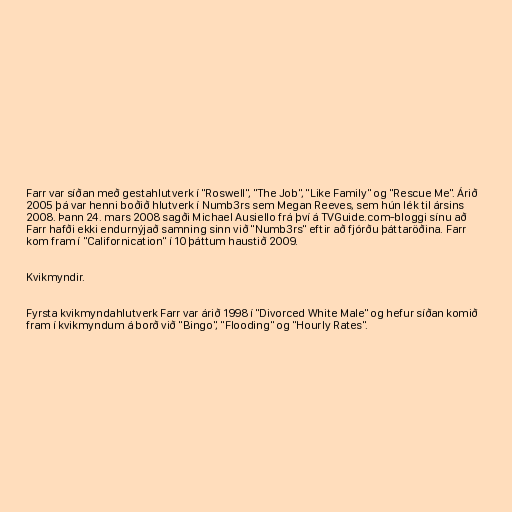
Farr var síðan með gestahlutverk í "Roswell", "The Job", "Like Family" og "Rescue Me". Árið
2005 þá var henni boðið hlutverk í Numb3rs sem Megan Reeves, sem hún lék til ársins
2008. Þann 24. mars 2008 sagði Michael Ausiello frá því á TVGuide.com-bloggi sínu að
Farr hafði ekki endurnýjað samning sinn við "Numb3rs" eftir að fjórðu þáttaröðina. Farr
kom fram í "Californication" í 10 þáttum haustið 2009.

Kvikmyndir.

Fyrsta kvikmyndahlutverk Farr var árið 1998 í "Divorced White Male" og hefur síðan komið
fram í kvikmyndum á borð við "Bingo", "Flooding" og "Hourly Rates".